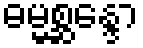
ဓမ္မစ္ဆန္ဒော